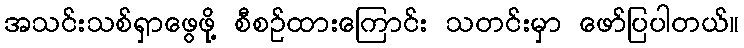
အသင်းသစ်ရှာဖွေဖို့ စီစဉ်ထားကြောင်း သတင်းမှာ ဖော်ပြပါတယ်။